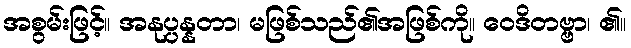
အစွမ်းဖြင့်။ အနုပ္ပန္နတာ၊ မဖြစ်သည်၏အဖြစ်ကို။ ဝေဒိတဗ္ဗာ၊ ၏။